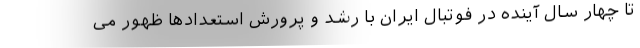
تا چهار سال آینده در فوتبال ایران با رشد و پرورش استعدادها ظهور می